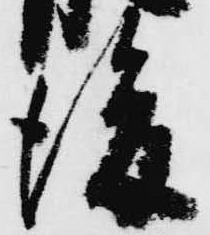
後